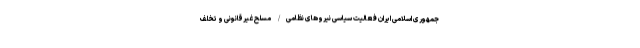
جمهوری اسلامی ایران فعالیت سیاسی نیروهای نظامی/ مسلح غیرقانونی و تخلف